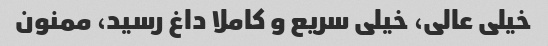
خیلی عالی، خیلی سریع و کاملا داغ رسید، ممنون